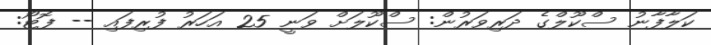
ކަލާފާނު ސްކޫލްގެ ދަރިވަރުން: ސްކޫލަށް ވަނީ 25 އަހަރު ފުރިފައި -- ފޮޓޯ: